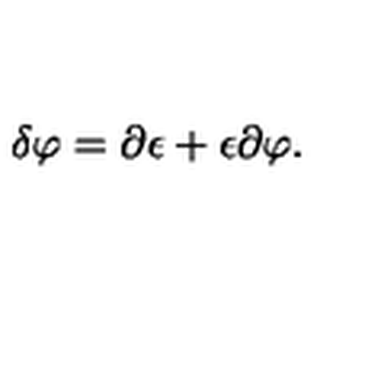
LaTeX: \delta \varphi = \partial \epsilon + \epsilon \partial \varphi .